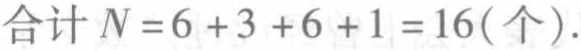
合计 \(N = 6 + 3 + 6 + 1 = 16(\text{个}).\)